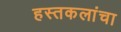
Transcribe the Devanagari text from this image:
हस्तकलांचा